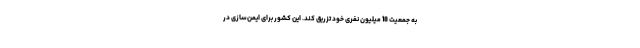
به جمعیت 18 میلیون نفری خود تزریق کند. این کشور برای ایمن‌سازی در